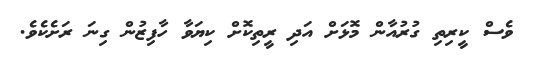
ވެސް ކީރިތި ގުރުއާން މޮޅަށް އަދި ރީތިކޮށް ކިޔަވާ ހާފިޒުން ގިނަ ރަށެކެވެ.